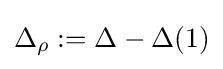
{\Delta }_{\rho }:=\Delta -\Delta (1)